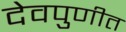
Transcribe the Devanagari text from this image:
देवपुणीत